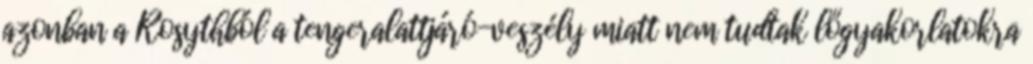
azonban a Rosythból a tengeralattjáró-veszély miatt nem tudtak lőgyakorlatokra